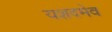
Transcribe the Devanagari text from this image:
यशदमेव